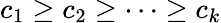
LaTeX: c_{1}\geq c_{2}\geq\cdots\geq c_{k}